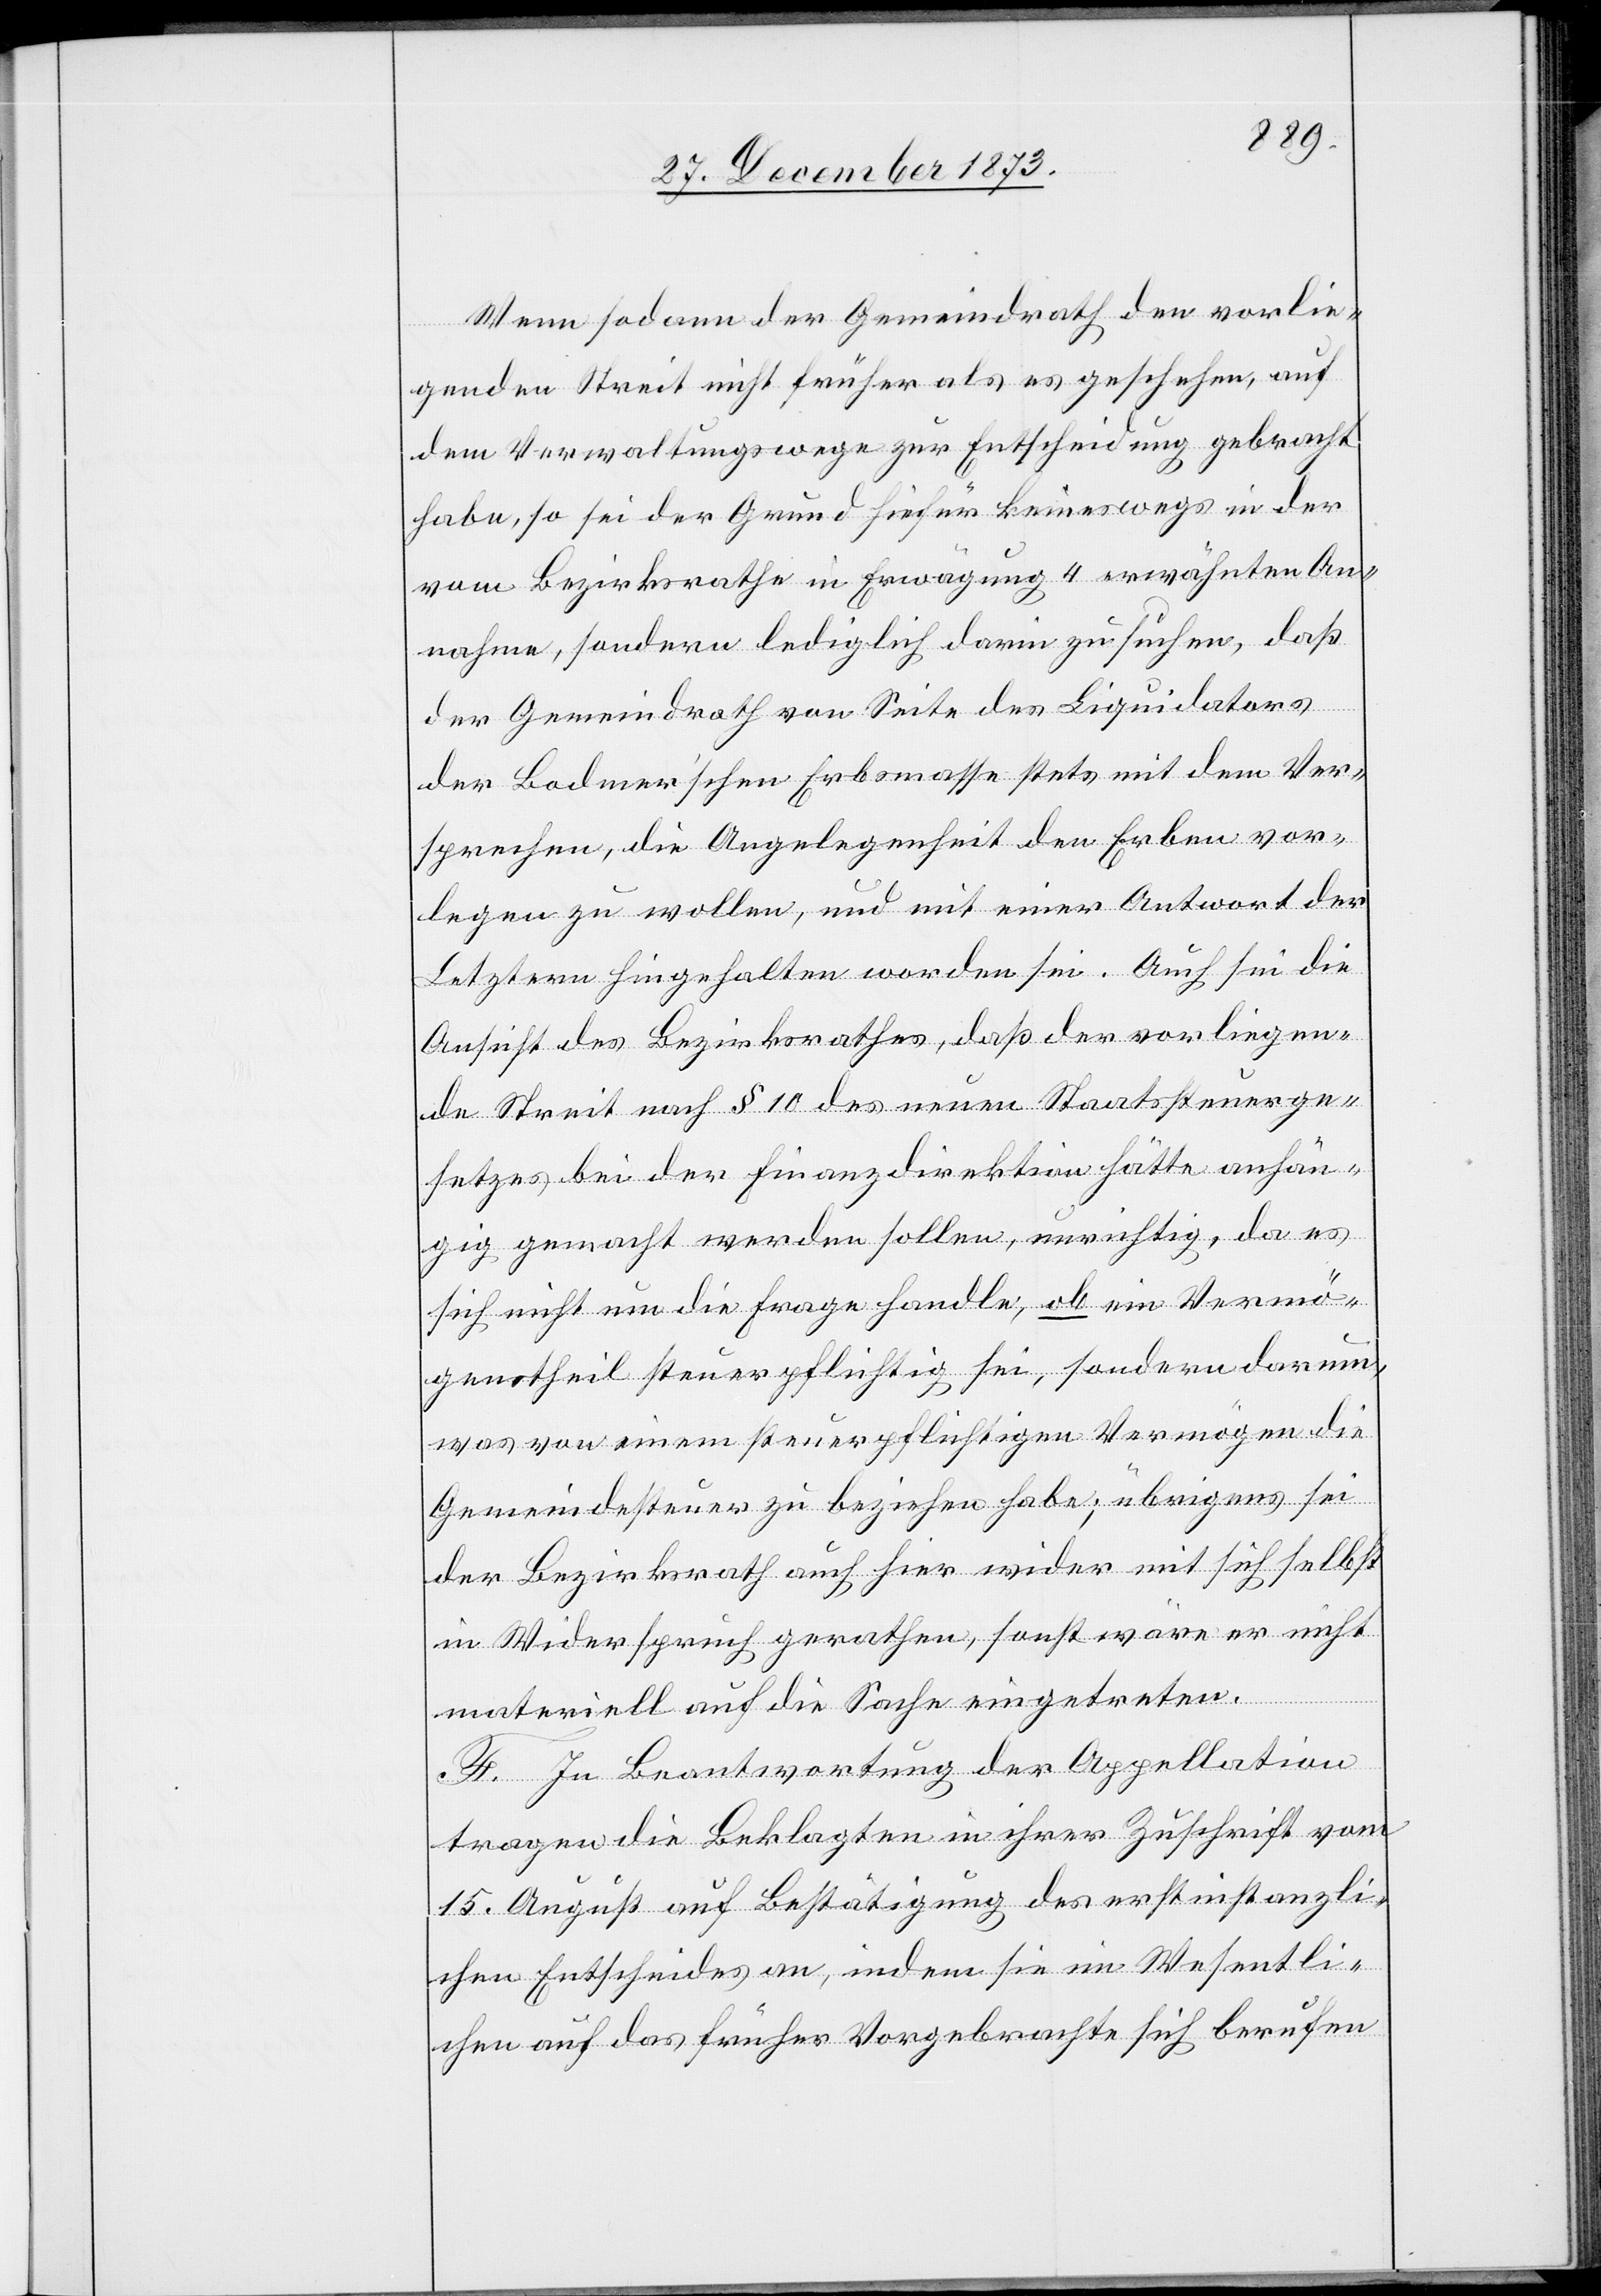
Wenn sodann der Gemeindrath den vorlie¬
genden Streit nicht früher als es geschehen, auf
dem Verwaltungswege zur Entscheidung gebracht
habe, so sei der Grund hiefür keineswegs in der
vom Bezirksrathe in Erwägung 4 erwähnten An¬
nahme, sondern lediglich darin zu suchen, daß
der Gemeindrath von Seite des Liquidators
der Bodmer’schen Erbsmasse stets mit dem Ver¬
sprechen, die Angelegenheit den Erben vor¬
legen zu wollen, und mit einer Antwort der
Letztern hingehalten worden sei. Auch sei die
Ansicht des Bezirksrathes, daß der vorliegen¬
de Streit nach § 10 des neuen Staatssteuerge¬
setzes bei der Finanzdirektion hätte anhän¬
gig gemacht werden sollen, unrichtig, da es
sich nicht um die Frage handle, ob ein Vermö¬
genstheil steuerpflichtig sei, sondern darum,
was von einem steuerpflichtigen Vermögen die
Gemeindesteuer zu beziehen habe; übrigens sei
der Bezirksrath auch hier wi[e]der mit sich selbst
in Widerspruch gerathen, sonst wäre er nicht
materiell auf die Sache eingetreten.
F. In Beantwortung der Appellation
tragen die Beklagten in ihrer Zuschrift vom
15. August auf Bestätigung des erstinstanzli¬
chen Entscheides an, indem sie im Wesentli¬
chen auf das früher Vorgebrachte sich berufen